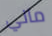
ماني